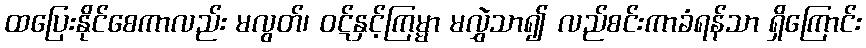
ထပြေးနိုင်စေကာလည်း မလွတ်၊ ဝဋ်နှင့်ကြမ္မာ မလွှဲသာ၍ လည်စင်းကာခံရန်သာ ရှိကြောင်း